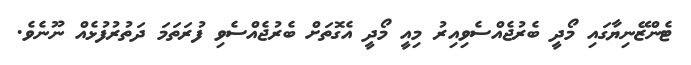
ޓެންޒޭނިޔާގައި މޯދީ ބެރުޖެއްސެވިއިރު މިއީ މޯދީ އެގޮތަށް ބެރުޖެއްސެވި ފުރަތަމަ ދަތުރުފުޅެއް ނޫނެވެ.